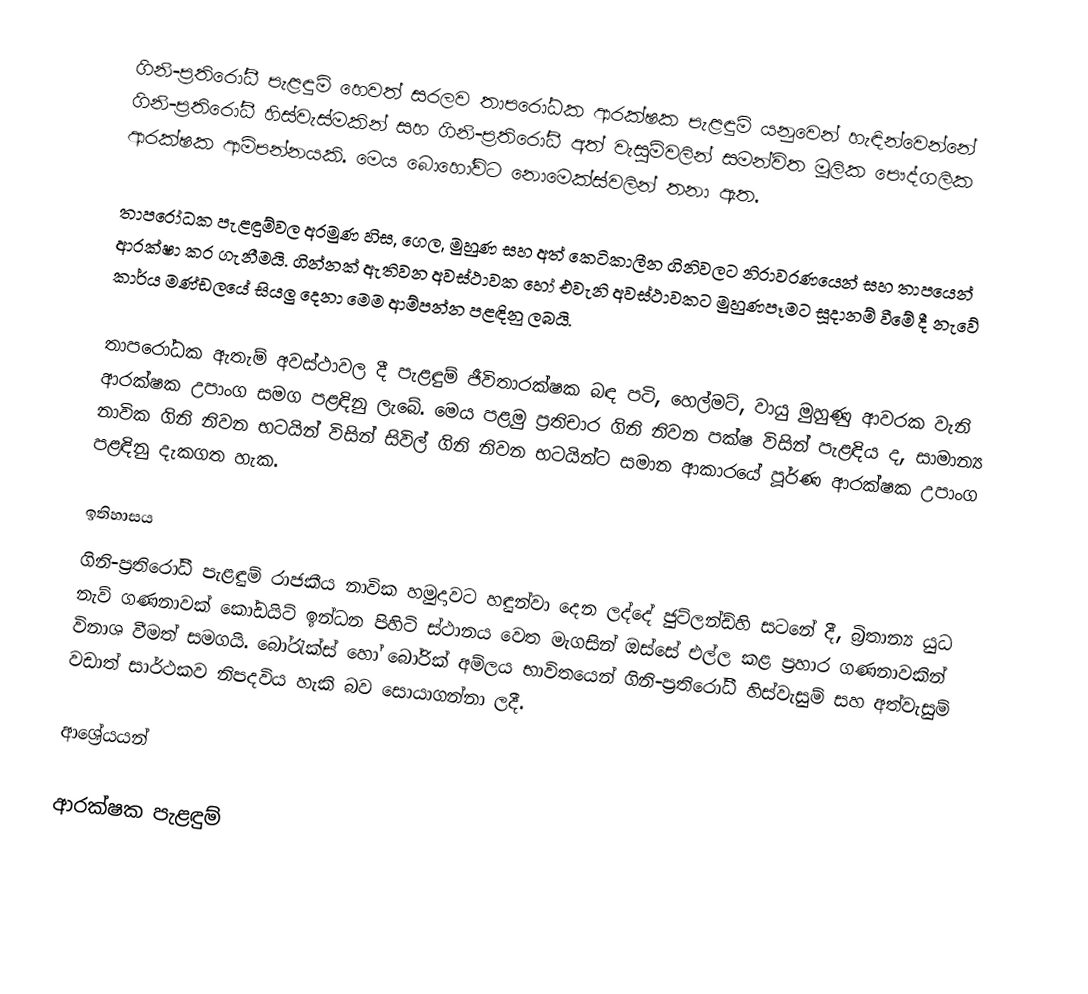
ගිනි-ප්‍රතිරෝධී පැළඳුම් හෙවත් සරලව තාපරෝධක ආරක්ෂක පැළඳුම් යනුවෙන් හැඳින්වෙන්නේ ගිනි-ප්‍රතිරෝධී හිස්වැස්මකින් සහ ගිනි-ප්‍රතිරෝධී අත් වැසුම්වලින් සමන්විත මූලික පෞද්ගලික ආරක්ෂක ආම්පන්නයකි. මෙය බොහෝවිට නොමෙක්ස්වලින් තනා ඇත.

තාපරෝධක පැළඳුම්වල අරමුණ හිස, ගෙල, මුහුණ සහ අත් කෙටිකාලීන ගිනිවලට නිරාවරණයෙන් සහ තාපයෙන් ආරක්ෂා කර ගැනීමයි. ගින්නක් ඇතිවන අවස්ථාවක හෝ එවැනි අවස්ථාවකට මුහුණපෑමට සූදානම් වීමේ දී නැවේ කාර්ය මණ්ඩලයේ සියලු දෙනා මෙම ආම්පන්න පළඳිනු ලබයි.

තාපරෝධක ඇතැම් අවස්ථාවල දී පැළඳුම් ජීවිතාරක්ෂක බඳ පටි, හෙල්මට්, වායු මුහුණු ආවරක වැනි ආරක්ෂක උපාංග සමග පළඳිනු ලැබේ. මෙය පළමු ප්‍රතිචාර ගිනි නිවන පක්ෂ විසින් පැළඳිය ද, සාමාන්‍ය නාවික ගිනි නිවන භටයින් විසින් සිවිල් ගිනි නිවන භටයින්ට සමාන ආකාරයේ පූර්ණ ආරක්ෂක උපාංග පළඳිනු දැකගත හැක.

ඉතිහාසය
ගිනි-ප්‍රතිරෝධී පැළඳුම් රාජකීය නාවික හමුදාවට හඳුන්වා දෙන ලද්දේ ජුට්ලන්ඩ්හි සටනේ දී, බ්‍රිතාන්‍ය යුධ නැව් ගණනාවක් කෝඩයිට් ඉන්ධන පිහිටි ස්ථානය වෙත මැගසින් ඔස්සේ එල්ල කළ ප්‍රහාර ගණනාවකින් විනාශ වීමත් සමගයි. බෝරැක්ස් හෝ බෝරික් අම්ලය භාවිතයෙන් ගිනි-ප්‍රතිරෝධී හිස්වැසුම් සහ අත්වැසුම් වඩාත් සාර්ථකව නිපදවිය හැකි බව සොයාගන්නා ලදී.

ආශ්‍රේයයන්

ආරක්ෂක පැළඳුම්